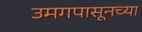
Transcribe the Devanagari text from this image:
उमगपासूनच्या